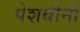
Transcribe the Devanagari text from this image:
पेशबीनी